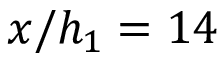
x / h _ { 1 } = 1 4